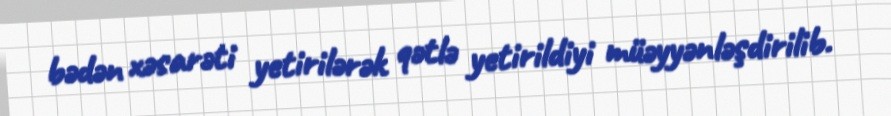
bədən xəsarəti yetirilərək qətlə yetirildiyi müəyyənləşdirilib.